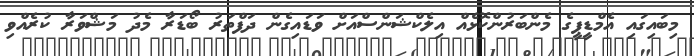
މިބައިގައި އެމްޑީޕީގެ މެންބަރުންކޮޅެއް އިލެކްޝަންސްއަށް ވަޑައިގެން ދަފްތަރު ބޯޑަރާ މެދު މަޝްވަރާ ކުރެއްވި